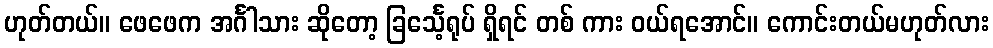
ဟုတ်တယ်။ ဖေဖေက အင်္ဂါသား ဆိုတော့ ခြင်္သေ့ရုပ် ရှိရင် တစ် ကား ဝယ်ရအောင်။ ကောင်းတယ်မဟုတ်လား